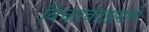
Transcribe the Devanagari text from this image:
विचारवंताप्रमाणे